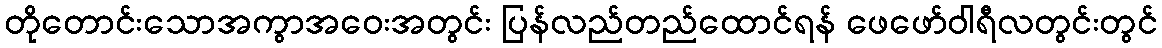
တိုတောင်းသောအကွာအဝေးအတွင်း ပြန်လည်တည်ထောင်ရန် ဖေဖော်ဝါရီလတွင်းတွင်